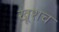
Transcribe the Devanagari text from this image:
खूशच